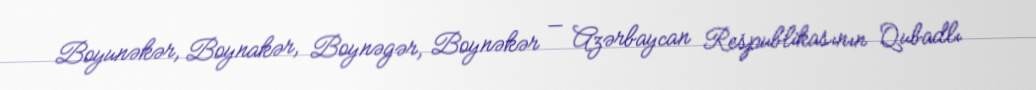
Boyunəkər, Boynakər, Boynəgər, Boynəkər — Azərbaycan Respublikasının Qubadlı